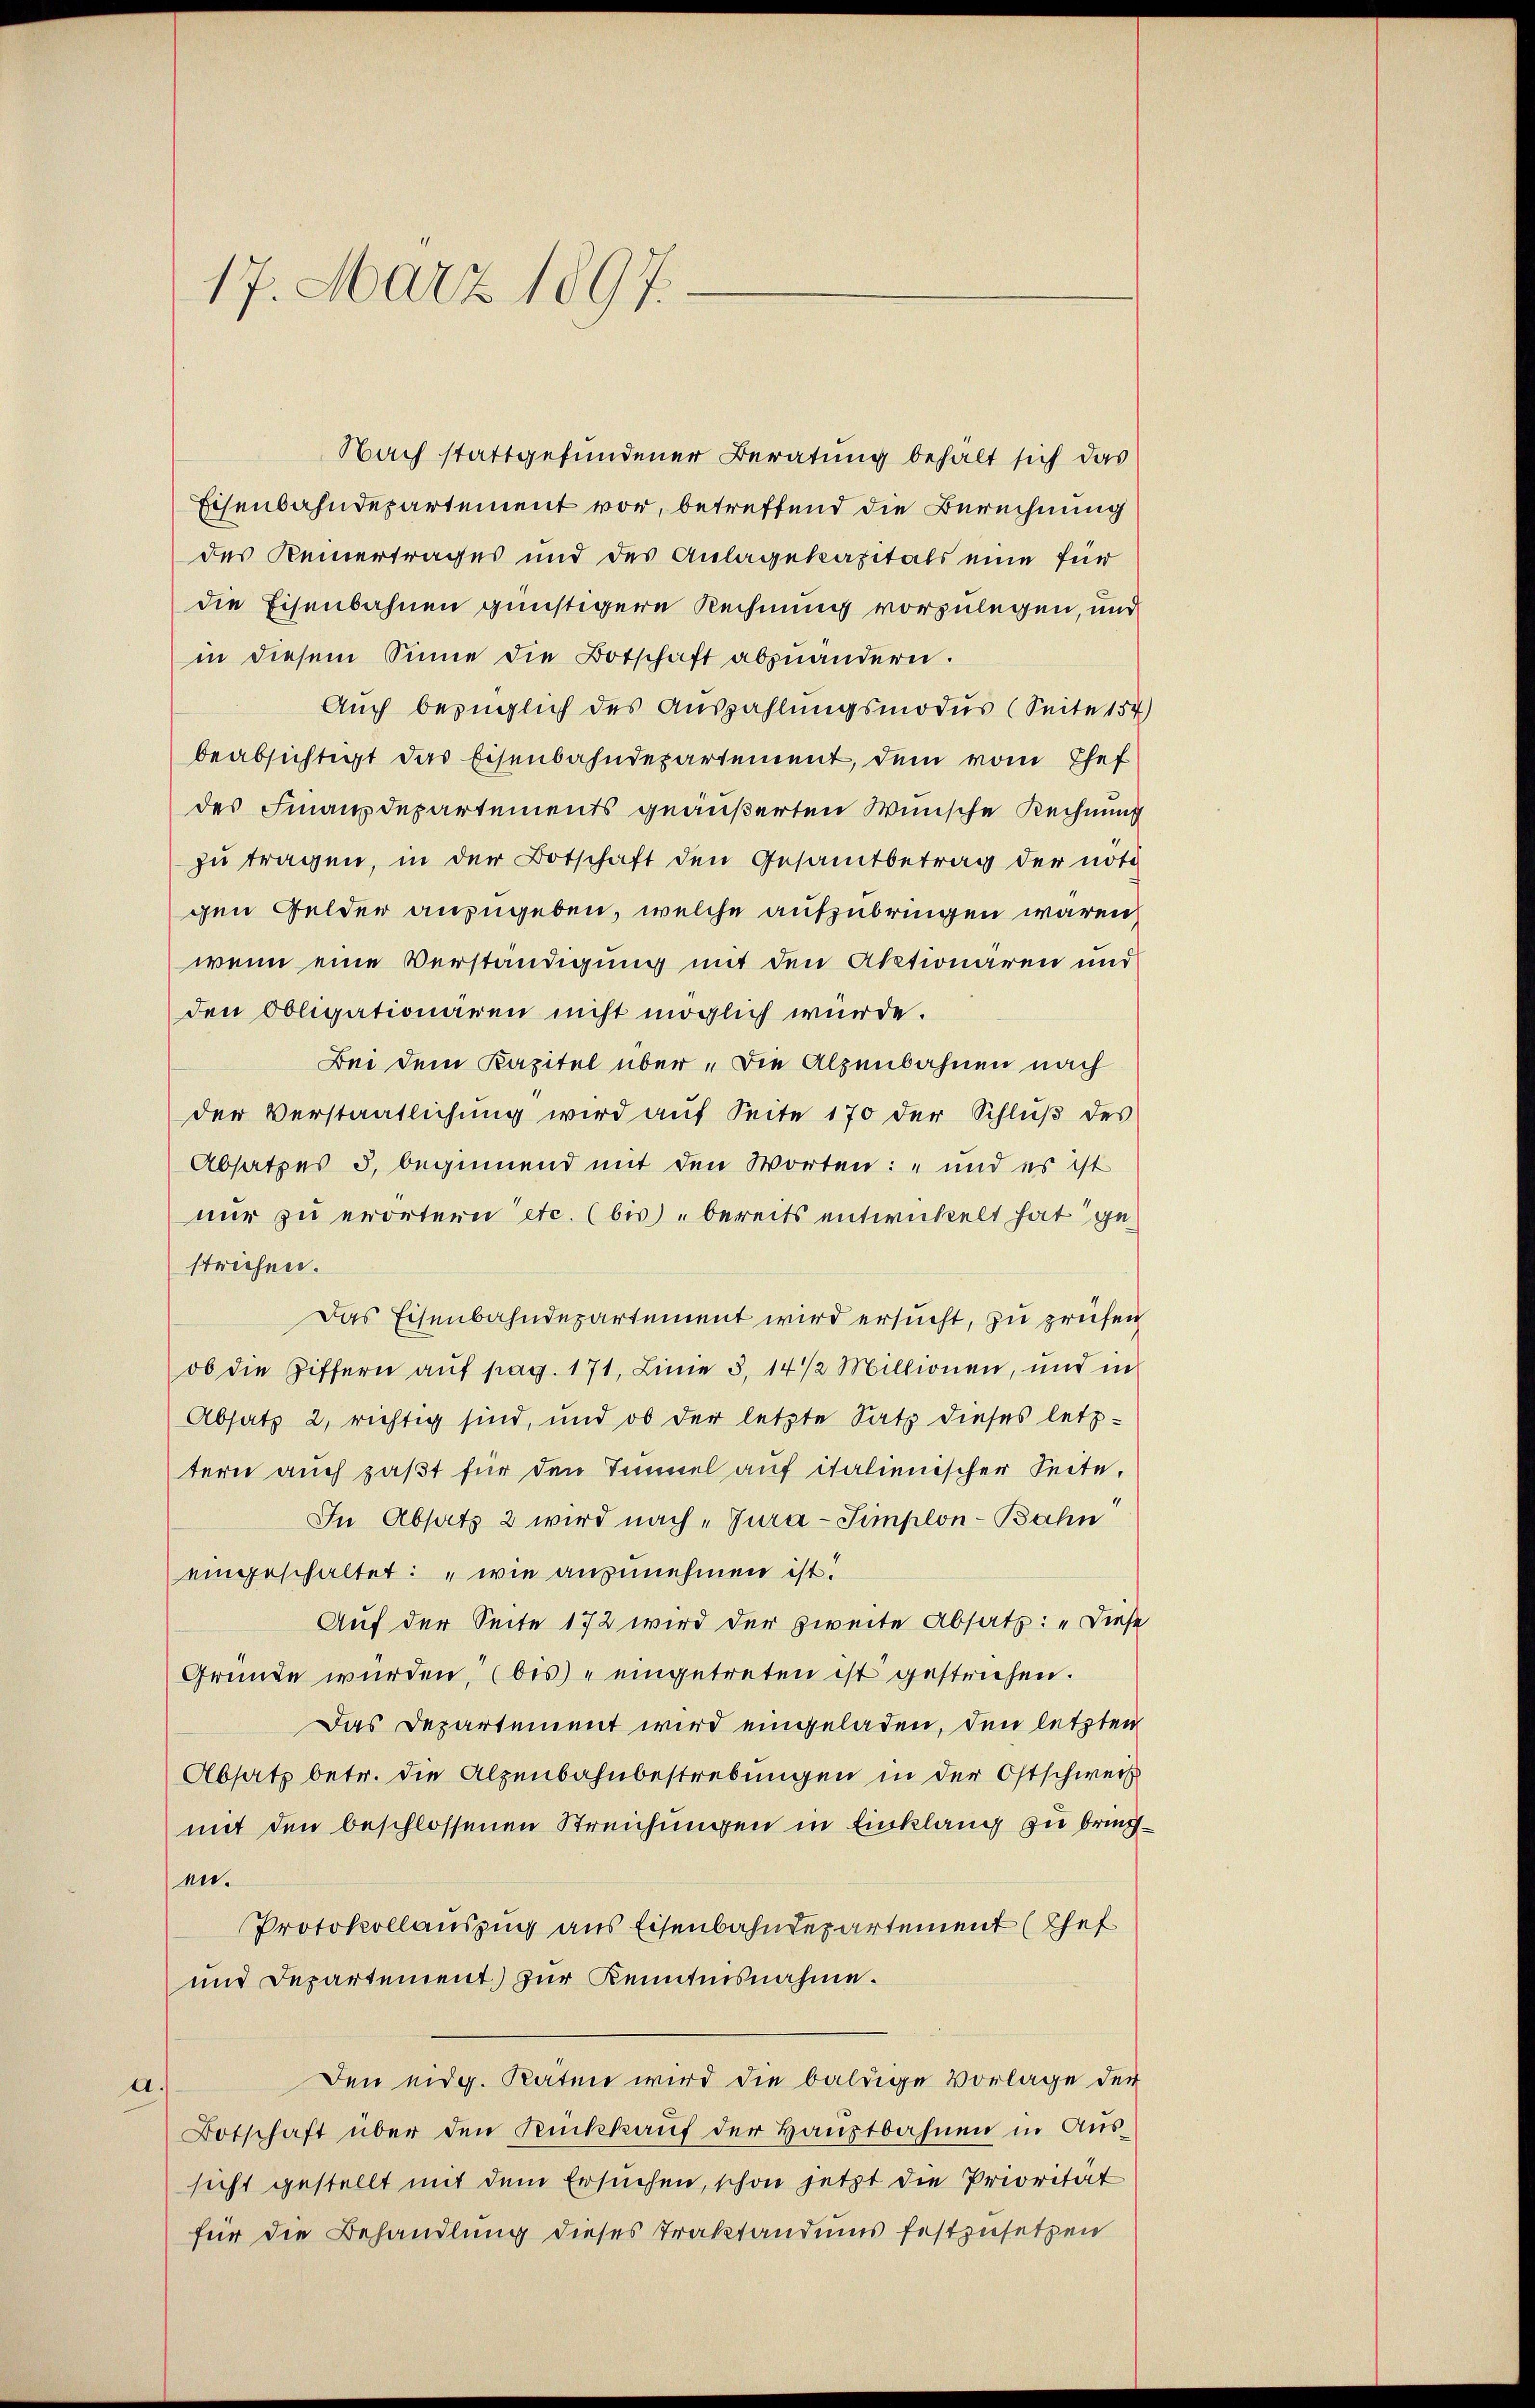
17. März 1897.

Nach stattgefundener Beratung behalt sich das
Eisenbahndepartement vor, betreffend die Berechnung
des Keinertrages und des Anlagekapitals eine für
die Eisenbahnen günstigere Rechnung vorzulegen, und
in diesem Sinne die Botschaft abzuändern.
Auch bezüglich des Auszahlungsmodus (Seite 154)
beabsichtigt das Eisenbahndepartement, dem vom Ehef
des Finanzdepartements geäußerten Wünsche Rechnung
zu tragen, in der Botschaft den Gesamtbetrag der nöti
gen Gelder anzugeben, welche aufzubringen wären,
wenn eine Verständigung mit den Aktionären und
den Obligationären nicht möglich würde.
Bei dem Kapitel über „Die Alpenbahnen nach
der Verstaatlichung wird aŭf Seite 170 der Schlŭβ des
Absatzes 5, beginnend mit den Worten: „und es ist
nur zu erörtern etc. (bis bereits entwickelt hat gestrichen.
Das Eisenbahndepartement wird ersucht, zu prüfen
ob die Ziffern aŭf pag. 171, Linie 3, 14 1/2 Millionen, und in
Absatz 2, richtig sind, und ob der letzte Satz dieses letztern auch paßt für den Tinel auf italienischer Seite,
In Absatz 2 wird nach „Jura-Simplon-Bahn
eingeschaltet: „wie anzunehmen ist.
Auf der Seite 172 wird der zweite Absatz: „Diese
Gründe würden, (bis eingetreten ist gestrichen.
Das Departement wird eingeladen, den letzten
Absatz betr. die Alpenbahnbestrebungen in der Ostschweis
mit den beschlossenen Streichungen in Einklang zu bringen.
Protokollauszug aus Eisenbahndepartement (Chef
und Departement zur Kenntnisnahme.
Den eidg. Raten wird die baldige Vorlage der
a.
Botschaft über den Rückkauf der Hauptbahnen in Aussicht gestellt mit dem Ersuchen, schon jetzt die Priorität
für die Behandlung dieses Traktandums festzusetzen